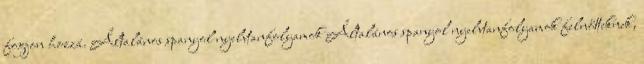
fogjon hozzá. Általános spanyol nyelvtanfolyamok Általános spanyol nyelvtanfolyamok felnőtteknek,